Vaccination in Burma 1900-1911 - 1900-1911
Year: 1900
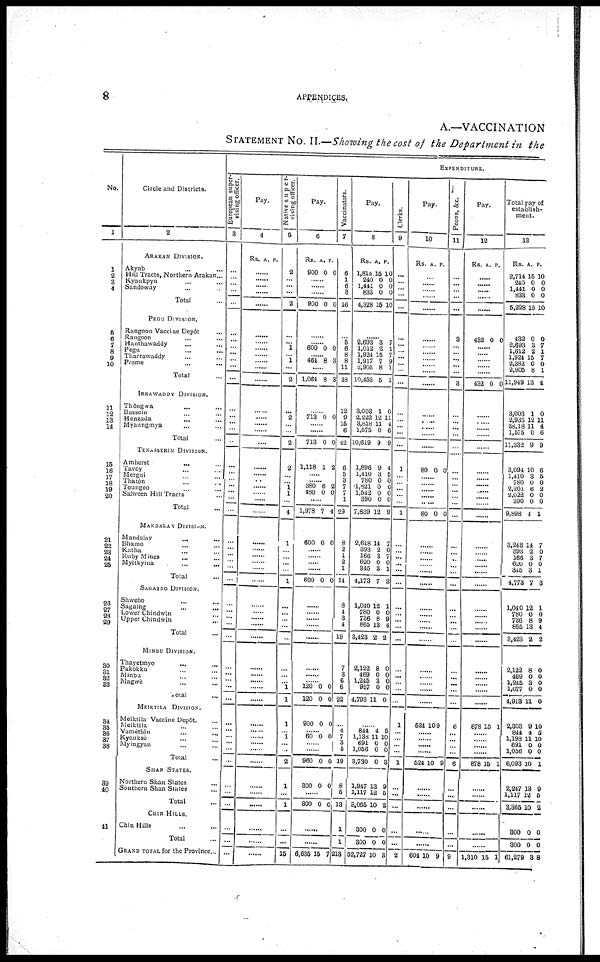
8
APPENDICES.
A.—VACCINATION
STATEMENT No. II.—Showing the cost of the Department in the
No.
1
1
2
3
4
5
6 7
8
9
10
11
12
13
14
15
15
17
18
19
20
21
23
23
24
26
26
27
23
29
30
31
32
33
34
35
36
37
38
39
40
41
Circle and Districts.
2
ARAKAN DIVISION.
Akyab... ... ...
Hill Tracts, Northern Arakan...
Kyaukpyu... ... ... ...
Sandoway... ... ...
Total...
PEGU DIVISION.
Rangoon Vaccine Depôt...
Rangoon... ...
Hanthawaddy... ...
Pegu...
...
Tharraeaddy... ... ...
Prome... ... ...
Total...
IRRAWADDY DIVISION.
Thongwa... ... ...
Bassein... ... ... ...
Henzada ... ... ...
Myaungmya... ... ...
Total......
TENASSERIM DIVISION.
Amherst... ... ... ...
Tavoy... ... ...
Mergui... ... ...
Thatôn... ... ... ...
Toungoo... ... ... ...
Salween Hill Tract...
Total...
MANDALAY DIVISION.
Mandalay...
...
...
Bhamo... ... ...
Katha... ... ...
Rubu Mines... ... ... ...
Mtitkyina... ... ...
Total...
SAGAING DIVISION.
Shwebo... ... ...
Sagaing... ... ...
Lower Chindwan... ...
Upper Chindwan... ...
Total...
MINBU DIVISION.
Thayetmyo ... ... ...
Pakôkku... ... ...
Minbu... ... ...
Magwè... ... ...
Total...
MEIKTILA DIVISION.
Meiktila Vaccine Depôt.
Meikyila... ... ...
Yamèthin... ... ...
Kyauksè... ... ...
Myingyan... ... ...
Total...
SHAN STATES.
Northern Shan States... ... ...
Southern Shan States... ... ...
Total...
CHIN HILLS.
Chin Hills... ...
Total...
GRAND TOTAL for the Province...
EXPENDITURE.
European super-
vising officer.
3
...
...
...
...
...
...
...
...
...
...
...
...
...
...
...
...
...
...
...
...
...
...
...
...
...
...
...
...
...
...
...
...
...
...
...
...
...
...
...
...
...
...
...
...
...
...
...
...
...
...
...
...
Pay.
4
Rs. A. P.
......
......
......
......
......
......
......
......
......
......
......
......
......
......
......
......
......
......
......
......
......
......
......
...
......
......
......
......
......
......
......
......
......
......
......
......
......
......
......
......
......
......
......
......
......
......
......
......
......
Native super-
vising officer.
5
2
...
...
...
2
......
......
1
......
1
......
2
......
2
......
.........
2
2
...
...
1 1
...
4
1
......
......
......
......
1
......
......
......
......
......
......
......
...... 1
1
1
...... 1
......
......
2
1
......
1
......
......
15
Pay.
6
Rs.
900
A.
0
P.
0
......
......
900 0 0
......
......
600 0 0
464 8 3
......
1,064 8 3
......
713 0 0
......
......
713 0 0
1,118 1 2
......
...... 380
480
6
0
2
0
......
1,978 7 4
600 0 0
......
......
......
600 0 0
......
......
......
......
......
......
...... 120
120
0
0
0
0
900 0 0
...... 60 0 0
......
......
960
300
0
0
0
0
......
800 0 0
......
......
6,635 15 7
Vaccinators.
7
6
1
6
3
16
......
5
6
8
8
11
38
12
9
15
6
42
6
5
3
7
7
1
29
8
2
1
2
1
14
8
4
3
4
19
7
8
6
6
22
...
4
7
3
5
19
8
5
13
1
1
213
Pay.
8
Rs.
1,814
240
1,441
833
4,328
A.
15
0
0
0
15
P.
10
0
0
0
10
......
2,693
1,012
1,924
1,917
2,905
10,453
3
2
15
7
8
5
7
1
7
9
1
1
3,003
2,222
3,818
1,575
10,619
1
12
11
0
9
0
11
4
6
9
1,896
1,410
780
1,821
1,542
390
7,839
9
3
0
0
0
0
12
4
5
0
0
0
0
9
2,618
393
166
620
345
4,173
14
2
3
0
3
7
7
0 7
0
1
3
1,010
780
736
865
3,423
12
0
8
13
2
1
0
9 4
2
2,122
469
1,245
957
4,793
8
0
3
0
11
0
0
0
0
0
......
844
1,136
691
1,056
3,730
4
11
0
0
0
5
l0
0
0
3
1,947
1,117
3,065
13
12
10
9
5
2
300
300
52,727
0
0
10
0
0
8
Clerks.
9
...
...
...
...
...
...
......
...
...
...
...
...
...
...
...
...
...
1
...
...
...
...
...
1
......
...
...
...
...
...
...
...
...
...
...
...
...
...
...
...
1
...
...
...
...
1
......
...
...
......
......
2
Pay.
10
Rs. A. P.
...
....
......
......
......
......
......
......
......
......
......
......
......
......
......
......
80 0 0
......
......
......
......
......
80 0 0
......
......
......
......
......
......
......
......
......
......
......
......
......
......
......
......
524 10 9
......
......
......
......
524 10 9
......
......
......
......
......
604 10 9
Peons, &c.
11
...
...
...
...
...
...
...
...
... ...
...
3
...
...
...
...
...
...
...
...
...
...
...
...
......
......
......
......
......
......
......
......
......
......
......
......
......
......
......
......
6
...
......
......
......
6
......
......
...
......
......
9
Pay.
12
Rs. A. P.
......
.....
......
......
......
......
432 0 0
......
......
......
......
432 0 0
......
......
......
......
......
......
......
...... ......
......
......
......
......
......
......
......
......
......
......
......
......
......
......
......
......
......
......
878 15 1
......
......
......
......
878 15 1
......
......
......
......
......
1,310 15 1
Total pay of
establish-
ment.
13
Rs.
2,714
240
1,441
833
5,228
A.
15
0
0
0
15
P.
10
0
0
0
10
432
2,693
1,612
1,924
2,382
2,905
11,949
0
3
2
15
0
8
13
0
7
1
7
0
1
4
3,003
2,935
38,18
1,575
11,332
1
12
11
0
9
0
11
4
6
9
3,094
1,410
780
2,201
2,022
390
9,898
10
3
0
6
0
0
4
6
5
0
2
0
0
1
3,248
393
166
620
345
4,773
14
2
3
0
3
7
7
0
7
0
1
3
1,040
780
736
865
3,423
12
0
8
13
2
1
0
9
4
2
2,122
469
1,245
1,077
4,918
8
0
3
0
11
0
0
0
0
0
2,303
844
1,198
691
1,056
6,093
9
4
11
0
0
10
10
5
10
0
0
1
2,247
1,117
3,365
13
12
10
9
5
2
800
300
61,279
0
0
3
0
0
8